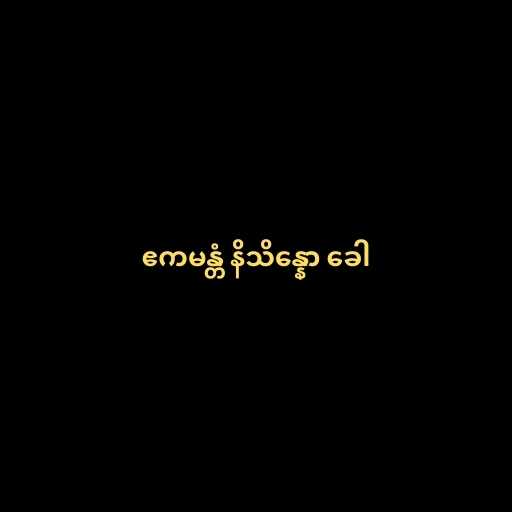
ဧကမန္တံ နိသိန္နော ခေါ